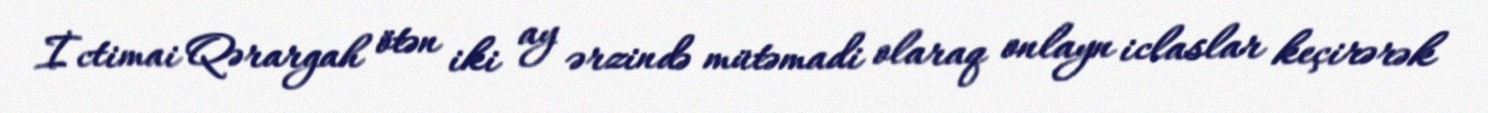
İctimai Qərargah ötən iki ay ərzində mütəmadi olaraq onlayn iclaslar keçirərək